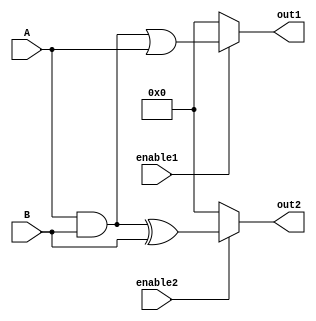
module CombinationalLogic (
    input wire [3:0] A,       // 4-bit input signal A
    input wire [3:0] B,       // 4-bit input signal B
    input wire enable1,        // Enable signal for output1
    input wire enable2,        // Enable signal for output2
    output wire [3:0] out1,    // Output 1
    output wire [3:0] out2     // Output 2
);

// Shared Logic Block
wire [3:0] common_logic;
assign common_logic = A & B; // Example of common logic (AND operation)

// Output Logic Block for Output 1
assign out1 = enable1 ? (common_logic | A) : 4'b0000; // Combine common logic with A

// Output Logic Block for Output 2
assign out2 = enable2 ? (common_logic ^ B) : 4'b0000; // Combine common logic with B

endmodule